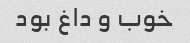
خوب و داغ بود